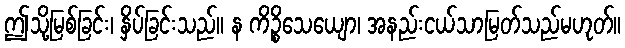
ဤသို့မြစ်ခြင်း၊ နှိပ်ခြင်းသည်။ န ကိဉ္စိသေယျော၊ အနည်းငယ်သာမြတ်သည်မဟုတ်။